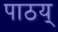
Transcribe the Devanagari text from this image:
पाठय्‌